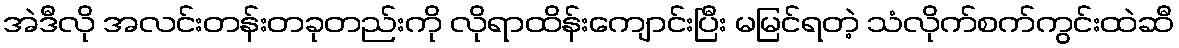
အဲဒီလို အလင်းတန်းတခုတည်းကို လိုရာထိန်းကျောင်းပြီး မမြင်ရတဲ့ သံလိုက်စက်ကွင်းထဲဆီ